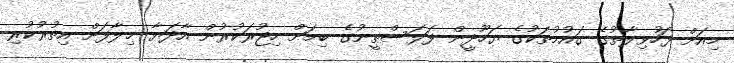
މިއަށް ފަހުވިލާތުގެ ގައުމުތަކުގެ ޔަހޫދީން ފަލަސްޠީނުގެ ބިމަށް ހިޖުރަކުރުން އާދަޔާ ޚިލާފަށް އިތުރުކުރި